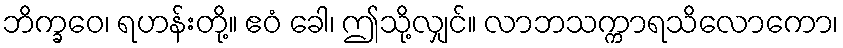
ဘိက္ခဝေ၊ ရဟန်းတို့။ ဧဝံ ခေါ၊ ဤသို့လျှင်။ လာဘသက္ကာရသိလောကော၊